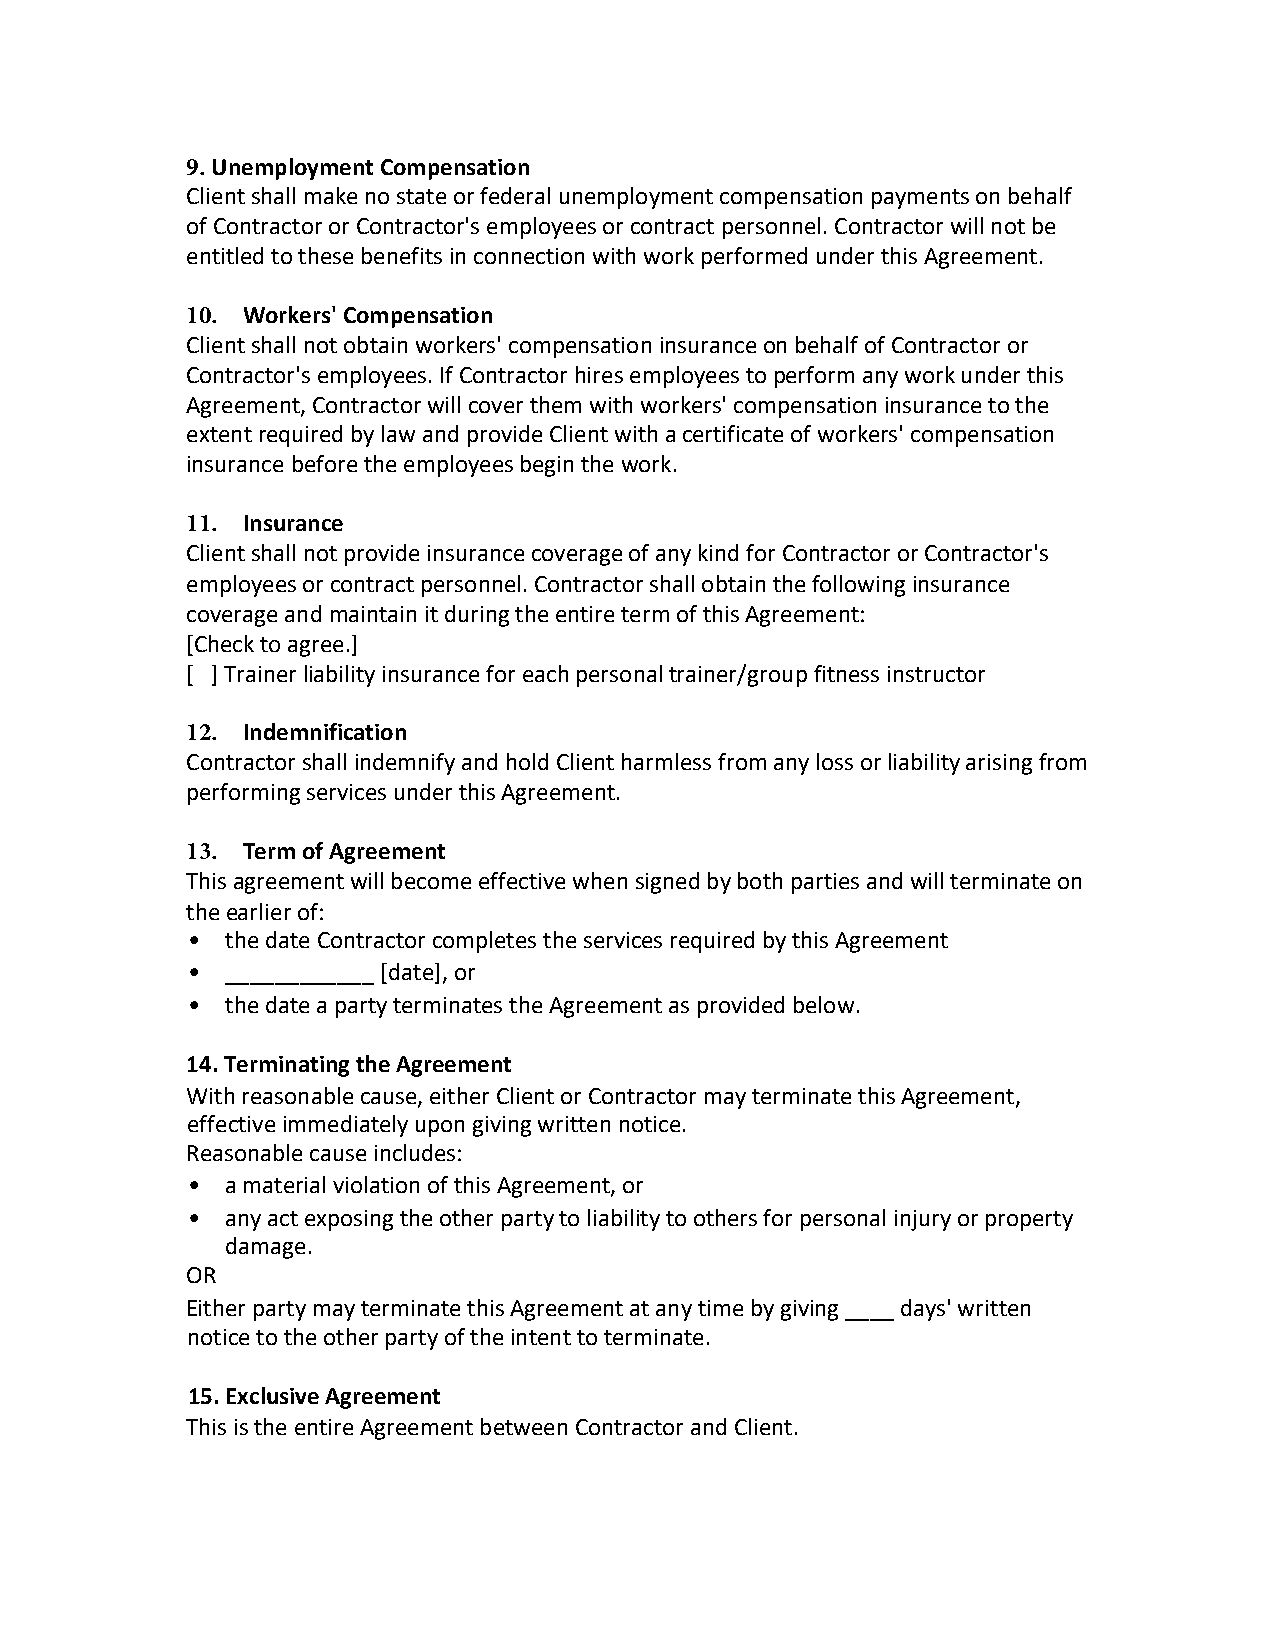
9. Unemployment Compensation
 Client shall make no state or federal unemployment compensation payments on behalf
 of Contractor or Contractor's employees or contract personnel. Contractor will not be
 entitled to these benefits in connection with work performed under this Agreement.
 10. Workers' Compensation
 Client shall not obtain workers' compensation insurance on behalf of Contractor or
 Contractor's employees. If Contractor hires employees to perform any work under this
 Agreement, Contractor will cover them with workers' compensation insurance to the
 extent required by law and provide Client with a certificate of workers' compensation
 insurance before the employees begin the work.
 11. Insurance
 Client shall not provide insurance coverage of any kind for Contractor or Contractor's
 employees or contract personnel. Contractor shall obtain the following insurance
 coverage and maintain it during the entire term of this Agreement:
 [Check to agree.]
 [ ] Trainer liability insurance for each personal trainer/group fitness instructor
 12. Indemnification
 Contractor shall indemnify and hold Client harmless from any loss or liability arising from
 performing services under this Agreement.
 13. Term of Agreement
 This agreement will become effective when signed by both parties and will terminate on
 the earlier of:
 •  the date Contractor completes the services required by this Agreement
 •  ____________ [date], or
 •  the date a party terminates the Agreement as provided below.
 14.Terminating the Agreement
 With reasonable cause, either Client or Contractor may terminate this Agreement,
 effective immediately upon giving written notice.
 Reasonable cause includes:
 •  a material violation of this Agreement, or
 •  any act exposing the other party to liability to others for personal injury or property
 damage.
 OR
 Either party may terminate this Agreement at any time by giving ____ days' written
 notice to the other party of the intent to terminate.
 15.Exclusive Agreement
 This is the entire Agreement between Contractor and Client.